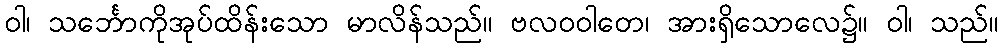
ဝါ၊ သင်္ဘောကိုအုပ်ထိန်းသော မာလိန်သည်။ ဗလဝဝါတေ၊ အားရှိသောလေ၌။ ဝါ၊ သည်။